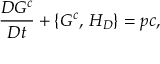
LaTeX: \frac { D G ^ { c } } { D t } + \{ G ^ { c } , \, H _ { D } \} = p c ,